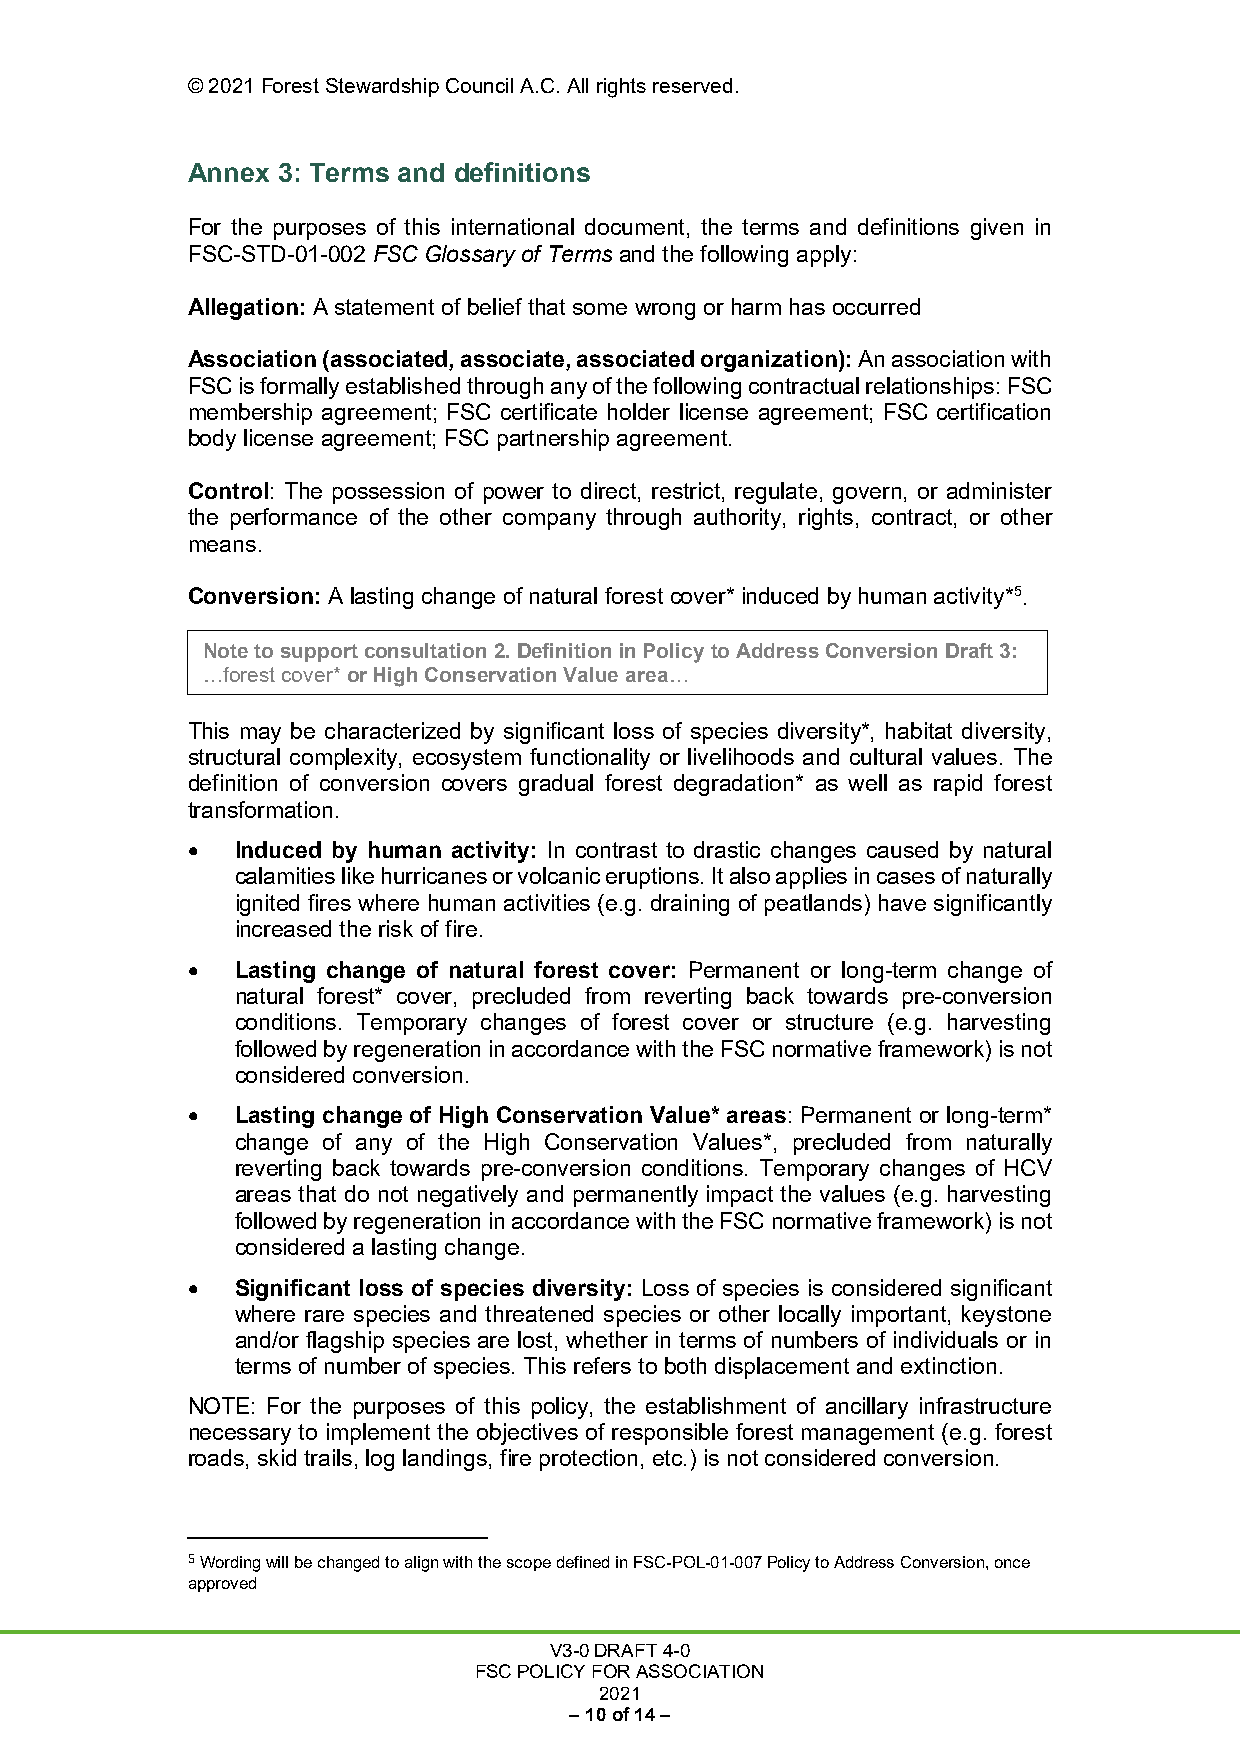
© 2021 Forest Stewardship Council A.C. All rights reserved.
 Annex 3: Terms and definitions
 For the purposes of this international document, the terms and definitions given in
 FSC-STD-01-002 FSC Glossary of Terms and the following apply:
 Allegation: A statement of belief that some wrong or harm has occurred
 Association (associated, associate, associated organization): An association with
 FSC is formally established through any of the following contractual relationships: FSC
 membership agreement; FSC certificate holder license agreement; FSC certification
 body license agreement; FSC partnership agreement.
 Control: The possession of power to direct, restrict, regulate, govern, or administer
 the performance of the other company through authority, rights, contract, or other
 means.
 Conversion: A lasting change of natural forest cover* induced by human activity*5.
 Note to support consultation 2. Definition in Policy to Address Conversion Draft 3:
 …forest cover* or High Conservation Value area…
 This may be characterized by significant loss of species diversity*, habitat diversity,
 structural complexity, ecosystem functionality or livelihoods and cultural values. The
 definition of conversion covers gradual forest degradation* as well as rapid forest
 transformation.
 •   Induced by human activity: In contrast to drastic changes caused by natural
 calamities like hurricanes or volcanic eruptions. It also applies in cases of naturally
 ignited fires where human activities (e.g. draining of peatlands) have significantly
 increased the risk of fire.
 •   Lasting change of natural forest cover: Permanent or long-term change of
 natural forest* cover, precluded from reverting back towards pre-conversion
 conditions. Temporary changes of forest cover or structure (e.g. harvesting
 followed by regeneration in accordance with the FSC normative framework) is not
 considered conversion.
 •   Lasting change of High Conservation Value* areas: Permanent or long-term*
 change of any of the High Conservation Values*, precluded from naturally
 reverting back towards pre-conversion conditions. Temporary changes of HCV
 areas that do not negatively and permanently impact the values (e.g. harvesting
 followed by regeneration in accordance with the FSC normative framework) is not
 considered a lasting change.
 •   Significant loss of species diversity: Loss of species is considered significant
 where rare species and threatened species or other locally important, keystone
 and/or flagship species are lost, whether in terms of numbers of individuals or in
 terms of number of species. This refers to both displacement and extinction.
 NOTE: For the purposes of this policy, the establishment of ancillary infrastructure
 necessary to implement the objectives of responsible forest management (e.g. forest
 roads, skid trails, log landings, fire protection, etc.) is not considered conversion.
 5 Wording will be changed to align with the scope defined in FSC-POL-01-007 Policy to Address Conversion, once
 approved
 V3-0 DRAFT 4-0
 FSC POLICY FOR ASSOCIATION
 2021
 – 10 of 14 –